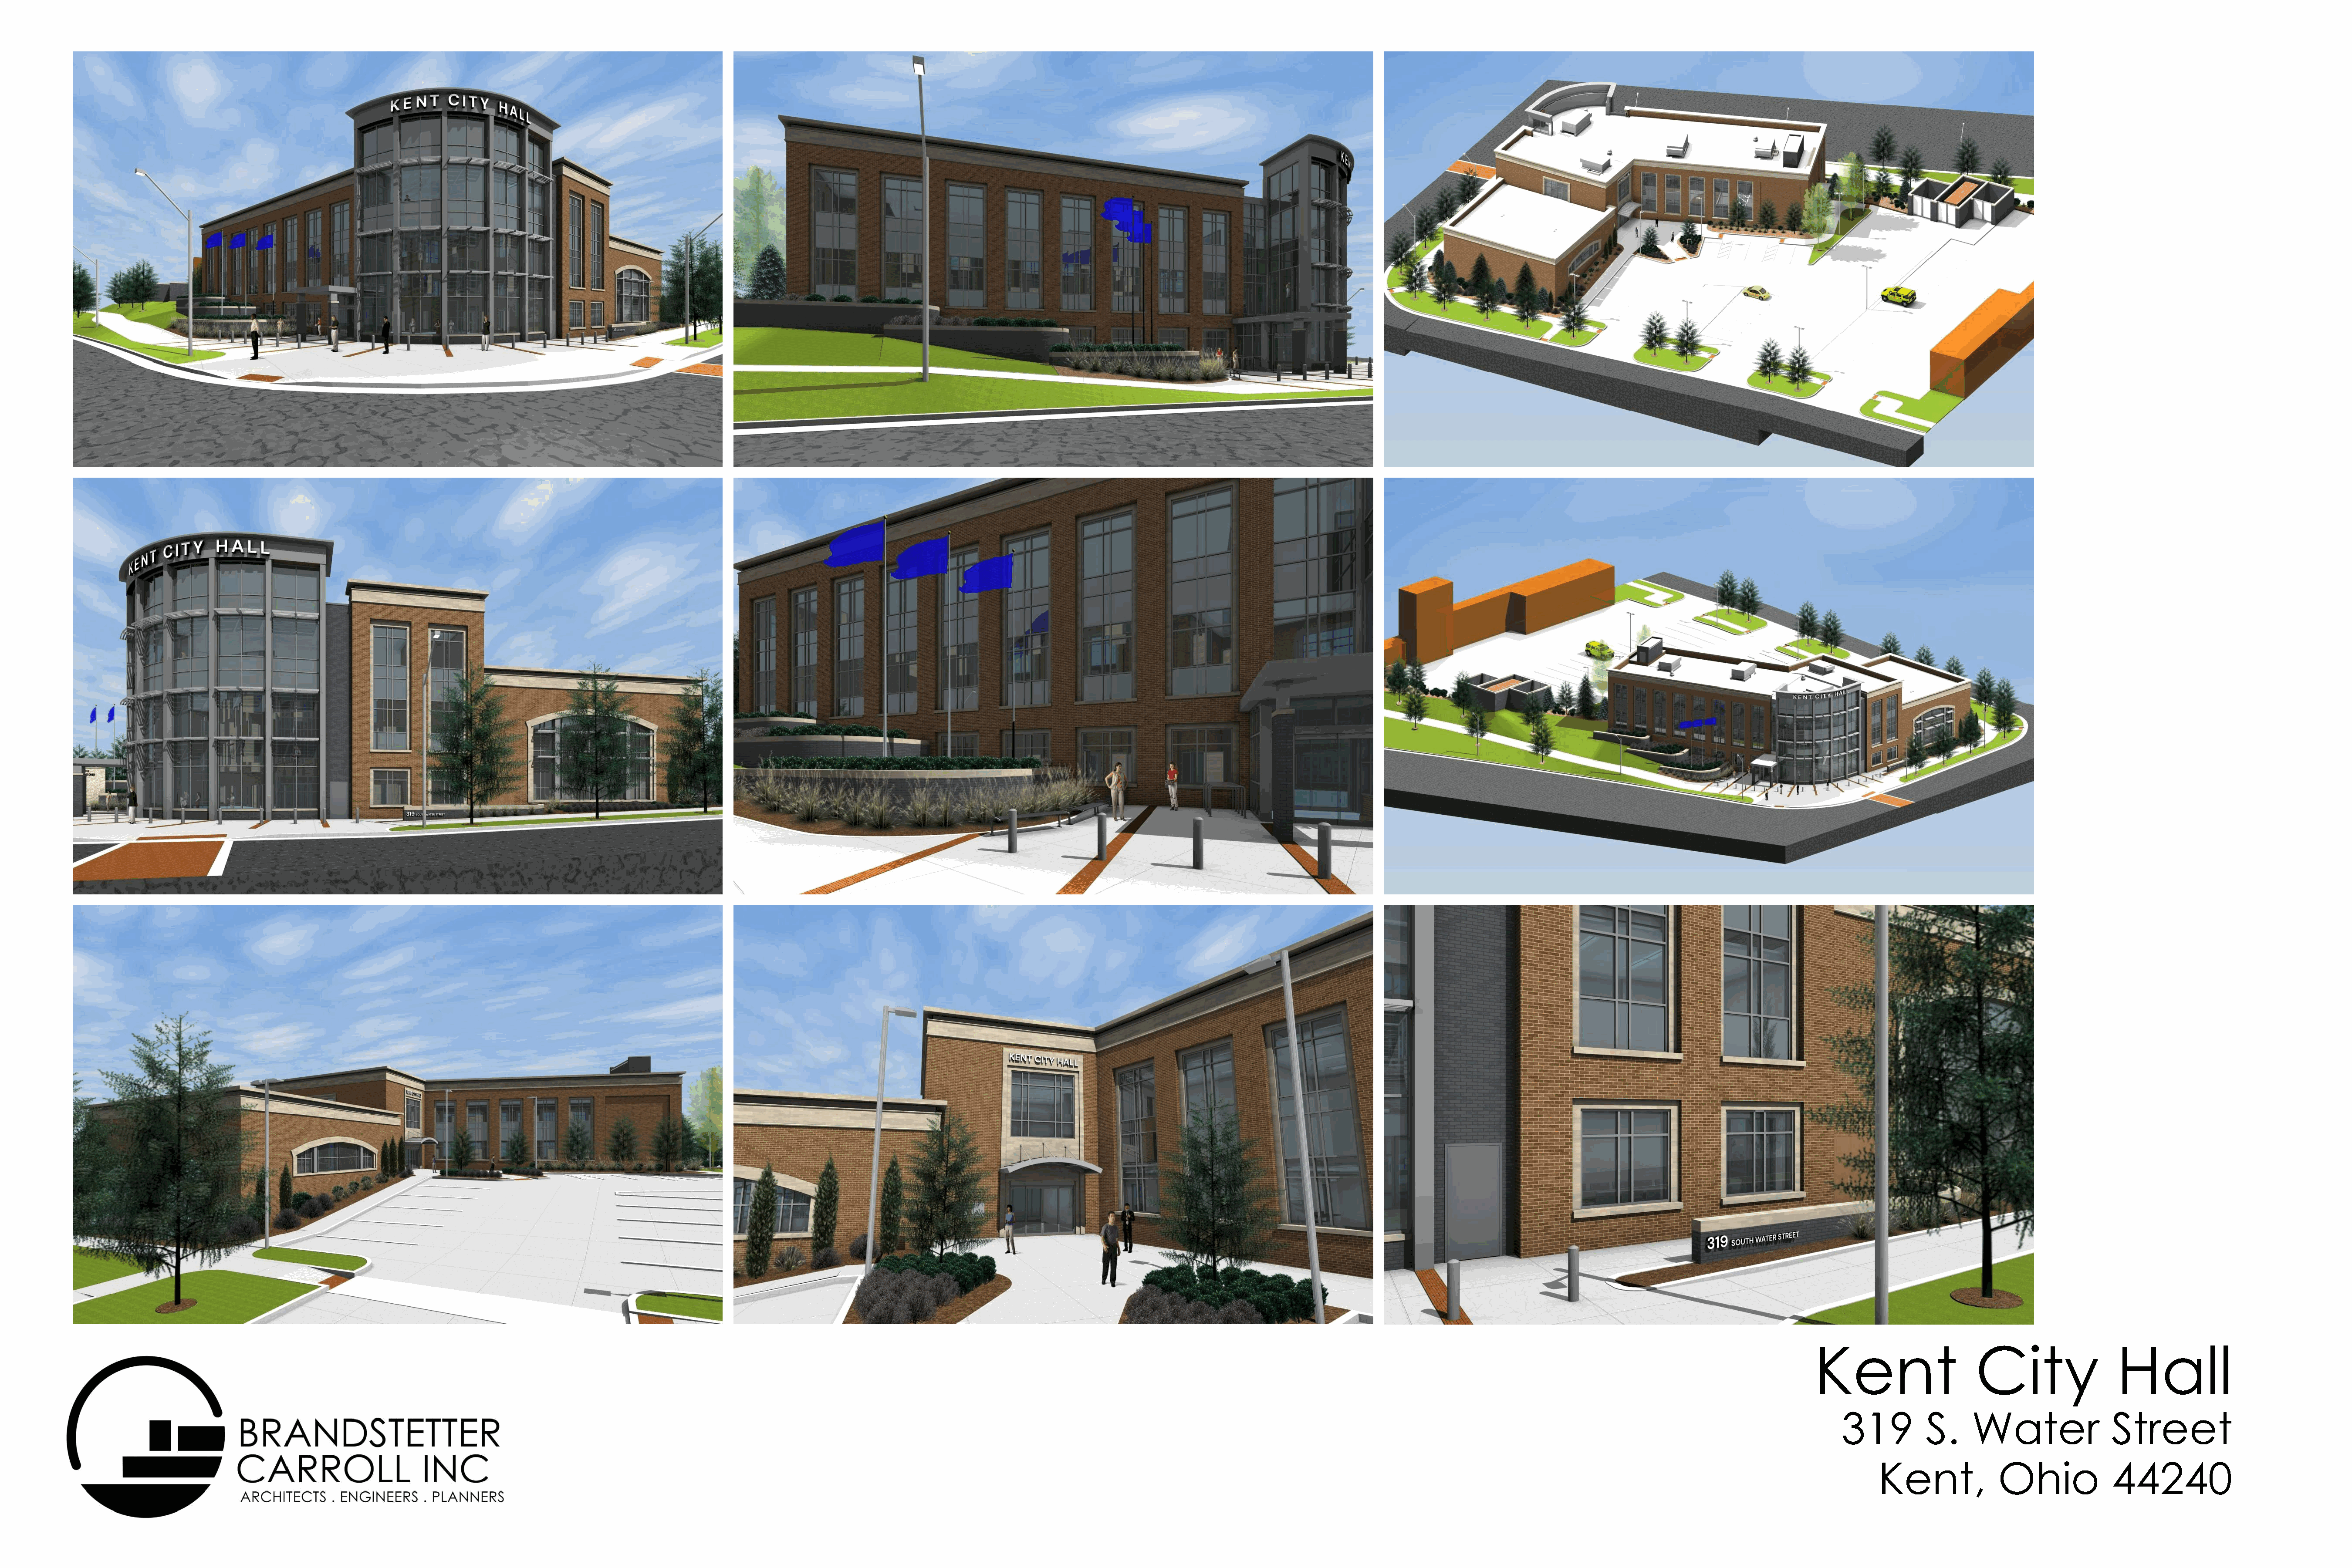
Kent                    City                  Hall
 Architectural                              Review                   Board                Submission
 319          S.     Water                Street
 04-22-2021
 Kent,             Ohio             44240